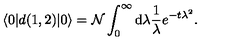
\langle 0 | d ( 1 , 2 ) | 0 \rangle = { \cal N } \int _ { 0 } ^ { \infty } \mathrm { d } \lambda \frac { 1 } { \lambda } e ^ { - t \lambda ^ { 2 } } .